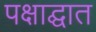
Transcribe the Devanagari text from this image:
पक्षाद्घात